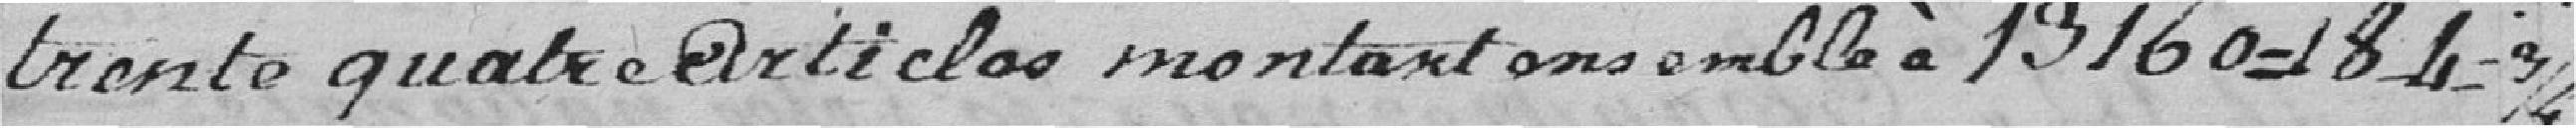
trente quatre articles montant ensemble à 13160=184=3/4